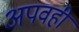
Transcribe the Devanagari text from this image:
अपवही